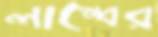
লাম্বের